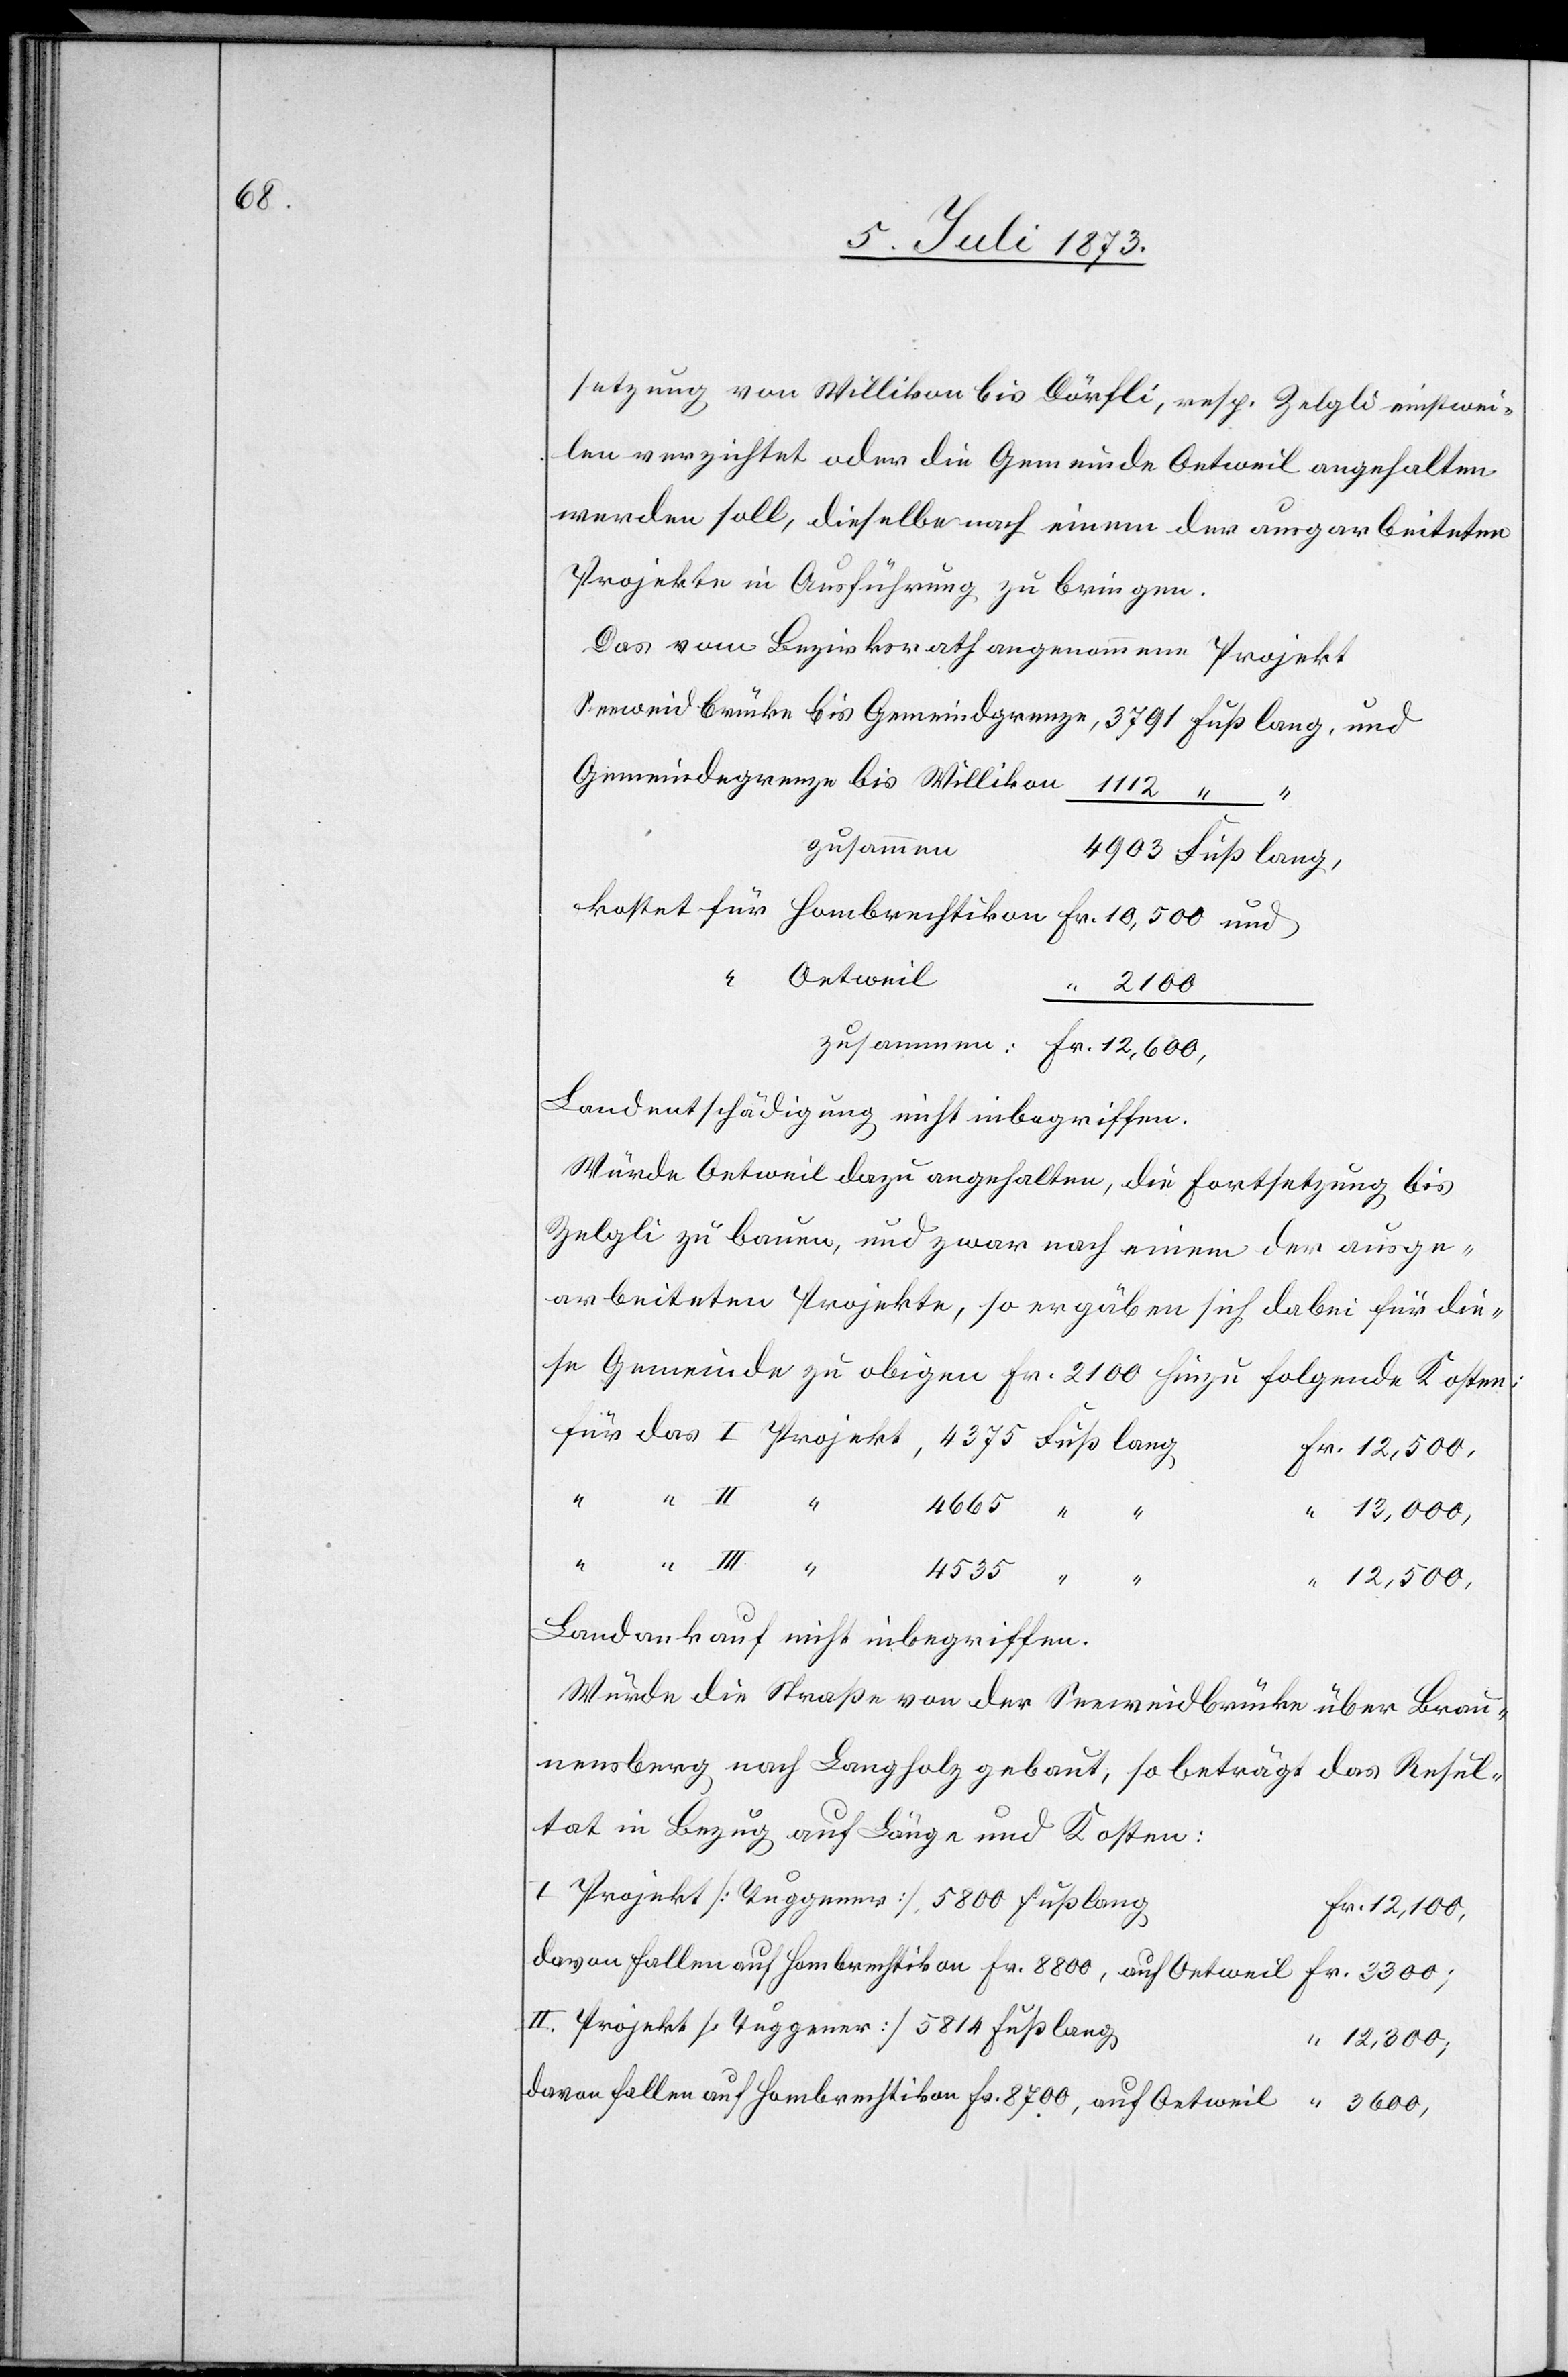
600.

setzung von Willikon bis Dörfli, resp. Zelgli einstwei¬
len verzichtet oder die Gemeinde Oetweil angehalten
werden soll, dieselbe nach einem der ausg[e]arbeiteten
Projekte in Ausführung zu bringen.
Das vom Bezirksrath angenommene Projekt
Gemeindegrenze bis Willikon
3
zusammen:
“ Oetweil
Landentschädigung nicht inbegriffen.
Würde Oetweil dazu angehalten, die Fortsetzung bis
Zelgli zu bauen, und zwar nach einem der ausge¬
arbeiteten Projekte, so ergäben sich dabei für die¬
se Gemeinde zu obigen Fr. 2 100 hinzu folgende Kosten:
Landkauf nicht inbegriffen.
Würde die Straße von der Seeweidbrücke über Brau¬
nensberg nach Langholz gebaut, so beträgt das Resul¬
tat in Bezug auf Länge und Kosten:
I. Projekt [Tuggener] 5 800 Fuß lang
II. Projekt [Tuggener] 5 814 Fuß lang
12,300;
davon fallen auf Hombrechtikon Fr. 8 700, auf Oetweil